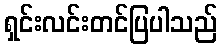
ရှင်းလင်းတင်ပြပါသည်